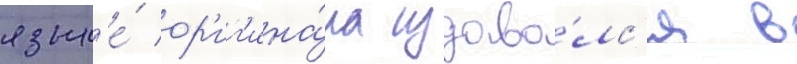
язык'е́ ор'иг'ина́ла издава́лс'я в